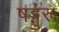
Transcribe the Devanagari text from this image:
षड्गुरू